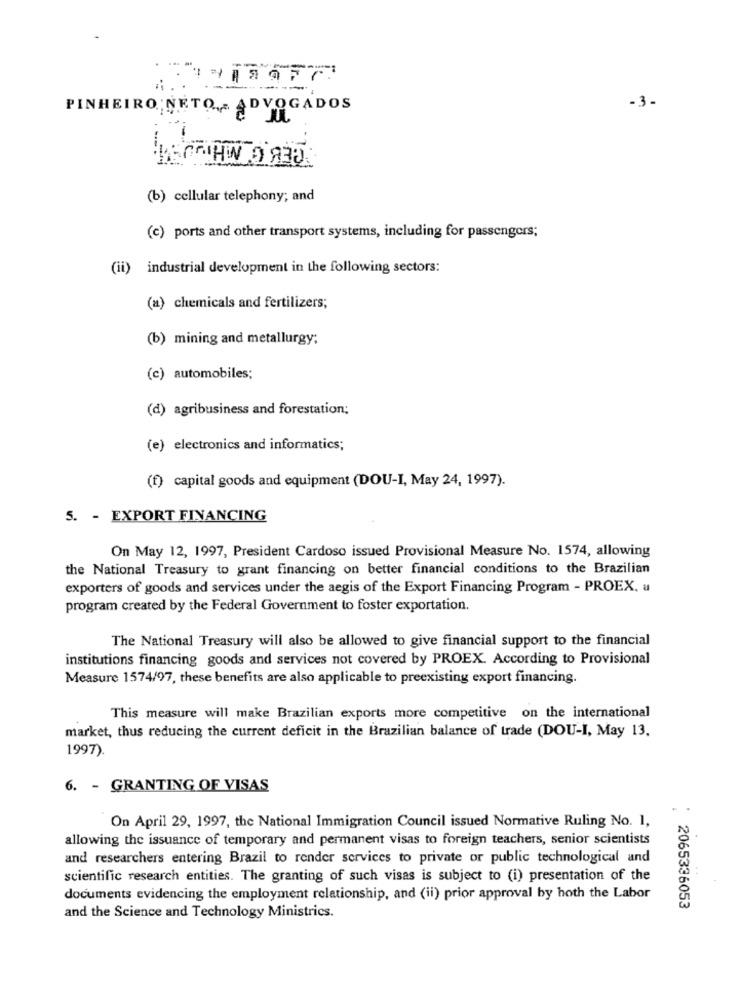
PINHEIRO NETO ,- ADVOGADOS
-3-
(b) cellular telephony; and
(c) ports and other transport systems, including for passengers;
(ii) industrial development in the following sectors:
(a) chemicals and fertilizers;
(b) mining and metallurgy;
(c) automobiles;
(d) agribusiness and forestation;
(e) electronics and informatics;
(f) capital goods and equipment (DOU-I, May 24, 1997).
5. - EXPORT FINANCING
On May 12, 1997, President Cardoso issued Provisional Measure No. 1574, allowing
the National Treasury to grant financing on better financial conditions to the Brazilian
exporters of goods and services under the aegis of the Export Financing Program - PROEX. a
program created by the Federal Government to foster exportation.
The National Treasury will also be allowed to give financial support to the financial
institutions financing goods and services not covered by PROEX. According to Provisional
Measure 1574/97, these benefits are also applicable to preexisting export financing.
This measure will make Brazilian exports more competitive on the international
market, thus reducing the current deficit in the Brazilian balance of trade (DOU-I, May 13.
1997)
6. - GRANTING OF VISAS
On April 29, 1997, the National Immigration Council issued Normative Ruling No. 1,
allowing the issuance of temporary and permanent visas to foreign teachers, senior scientists
and researchers entering Brazil to render services to private or public technological and
scientific research entities. The granting of such visas is subject to (i) presentation of the
documents evidencing the employment relationship, and (ii) prior approval by hoth the Labor
2065336053
and the Science and Technology Ministrics.